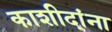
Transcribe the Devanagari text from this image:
काशीदांना